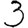
Digit: 3